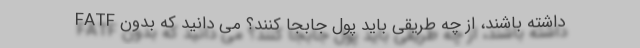
داشته باشند، از چه طریقی باید پول جابجا کنند؟ می دانید که بدون FATF